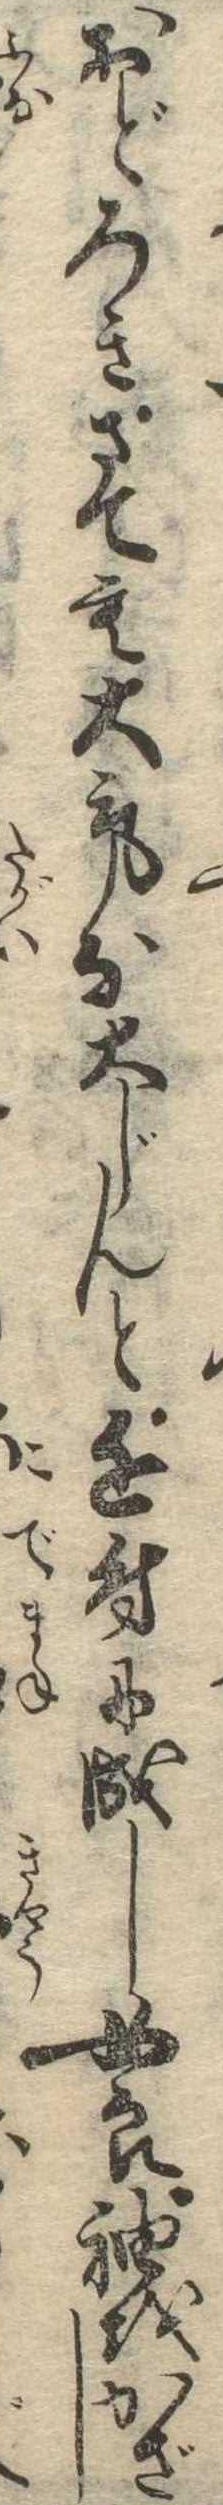
おどろきさても大気な大じんと近付に成し女良袖をかざし